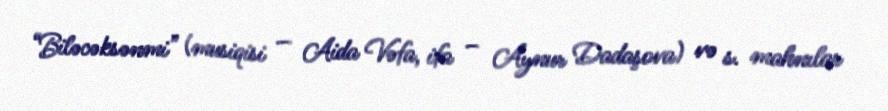
“Biləcəksənmi” (musiqisi — Aida Vəfa, ifa – Aynur Dadaşova) və s. mahnılar